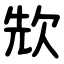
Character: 㰫